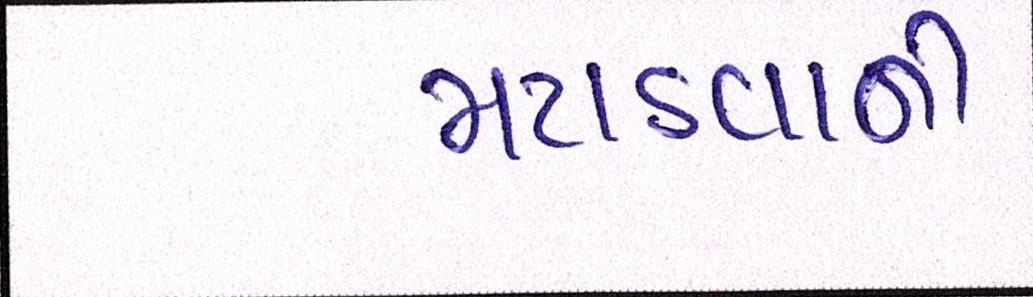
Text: મટાડવાની